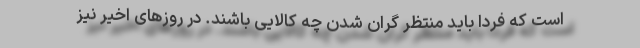
است که فردا باید منتظر گران شدن چه کالایی باشند. در روزهای اخیر نیز